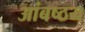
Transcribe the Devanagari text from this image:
आंबष्ठय